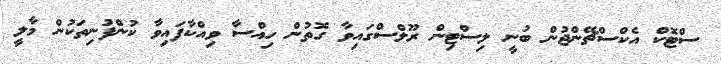
ސްޓޮކް އެކްސްޗޭންޖުން ބުނީ ލިސްޓިން ރޫލްސްގައިވާ ގޮތުން ހިއްސާ ވިއްކާފައިވާ ކުންފުނިތަކުން މާލީ